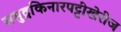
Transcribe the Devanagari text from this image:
समुद्रकिनारपट्टीखेरीज